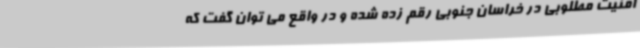
امنیت مطلوبی در خراسان جنوبی رقم زده شده و در واقع می توان گفت که